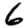
Digit: 6